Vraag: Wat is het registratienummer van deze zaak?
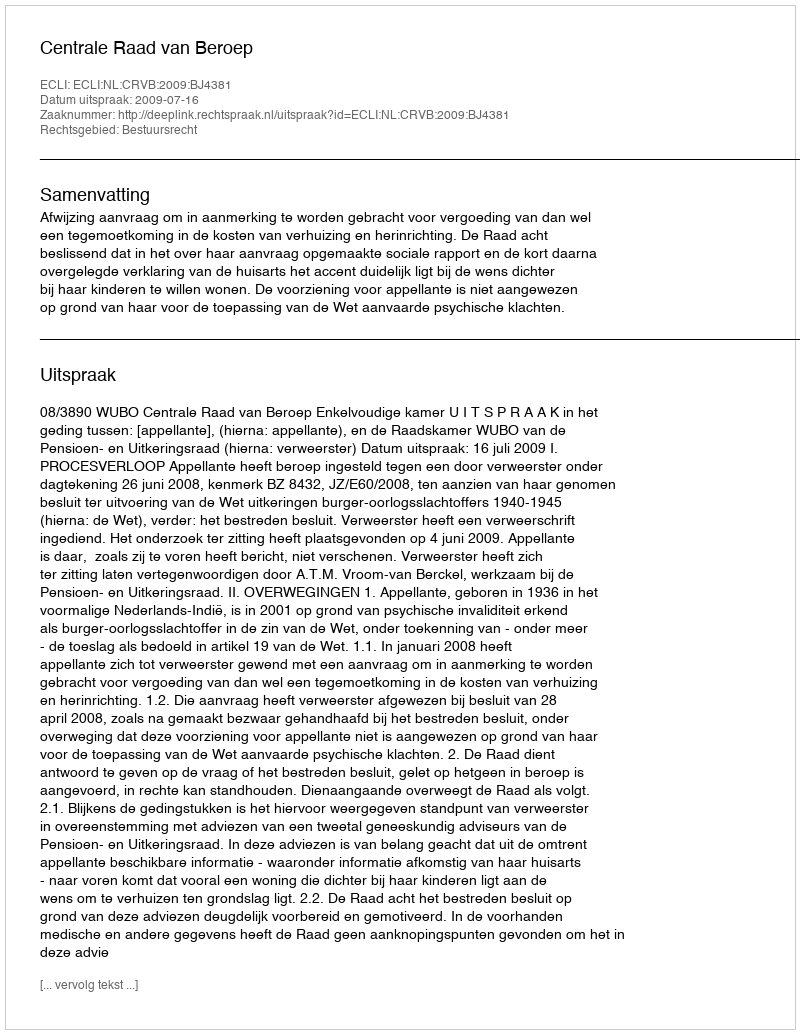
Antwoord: http://deeplink.rechtspraak.nl/uitspraak?id=ECLI:NL:CRVB:2009:BJ4381